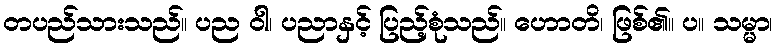
တပည်သားသည်။ ပည ဝါ၊ ပညာနှင့် ပြည့်စုံသည်။ ဟောတိ၊ ဖြစ်၏။ ပ။ သမ္မာ၊